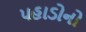
પહાડોનો